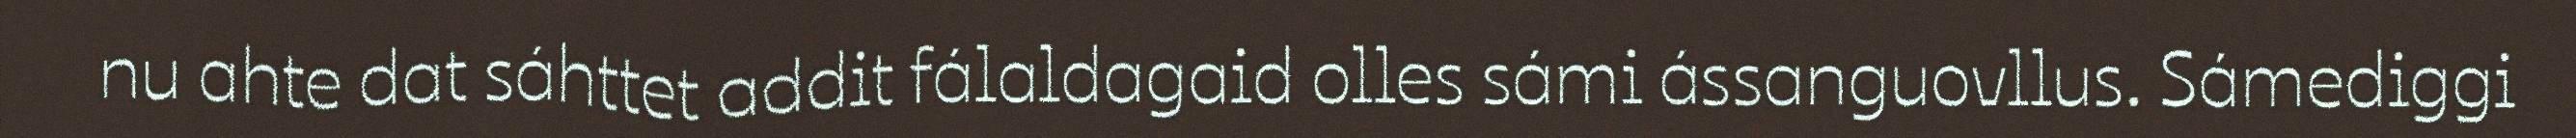
nu ahte dat sáhttet addit fálaldagaid olles sámi ássanguovllus. Sámediggi